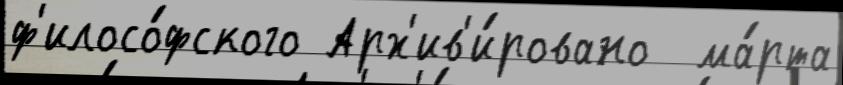
ф'илосо́фского Арх'ив'и́ровано  ма́рта